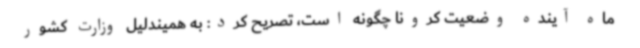
ماه آینده وضعیت کرونا چگونه است، تصریح کرد: به همیندلیل وزارت کشور